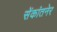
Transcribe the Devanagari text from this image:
सेंकांतनेर